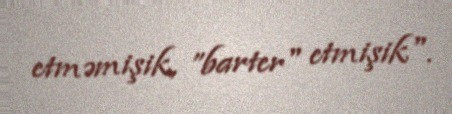
etməmişik, ”barter" etmişik".